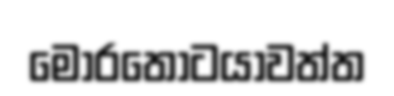
මොරතොටයාවත්ත